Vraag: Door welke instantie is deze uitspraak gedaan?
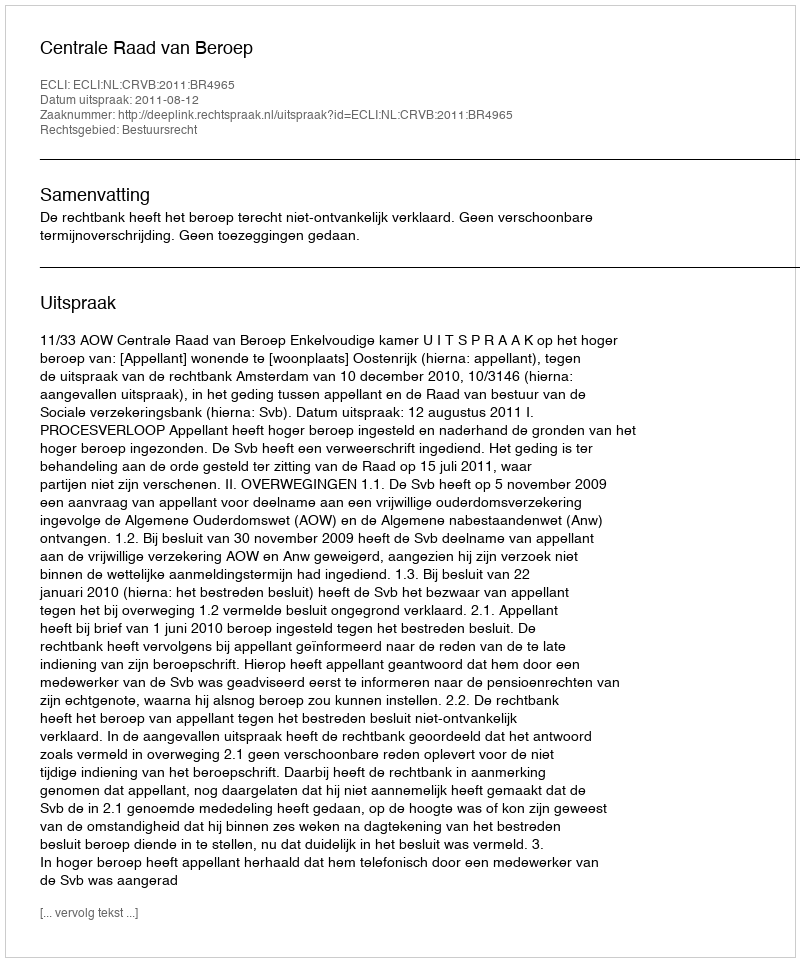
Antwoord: Centrale Raad van Beroep